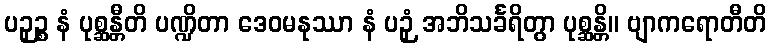
ပဉှဉ္စ နံ ပုစ္ဆန္တီတိ ပဏ္ဍိတာ ဒေဝမနုဿာ နံ ပဉှံ အဘိသင်္ခရိတွာ ပုစ္ဆန္တိ။ ဗျာကရောတီတိ